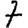
Digit: 7